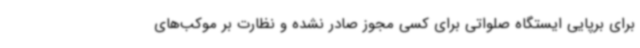
برای برپایی ایستگاه صلواتی برای کسی مجوز صادر نشده و نظارت بر موکب‌های